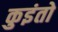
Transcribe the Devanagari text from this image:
कुइंतो